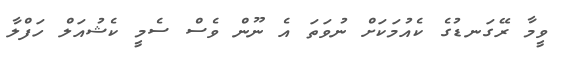
ވީމާ ރޭގަނޑުގެ ކެއުމަކަށް ނުވަތަ އެ ނޫން ވެސް ސެމީ ކެޝުއަލް ހަފްލާ